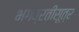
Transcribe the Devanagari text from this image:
भगव्रतीसूत्र